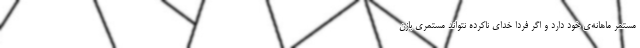
مستمر ماهانه‌ی خود دارد و اگر فردا خدای ناکرده نتواند مستمری بازن